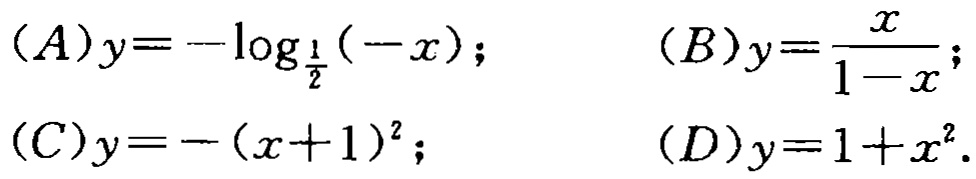
\((A)y = -\log_{\frac{1}{2}}(-x);\quad (B)y=\frac{x}{1 - x};\)
\((C)y=-(x + 1)^2;\quad (D)y = 1 + x^2.\)